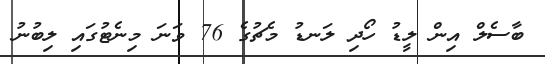
ބާސެލް އިން ލީޑު ހޯދި ލަނޑު މެޗުގެ 76 ވަނަ މިނެޓުގައި ލިބުނު